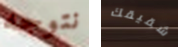
نتوجه شقيقك